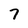
Character: 7